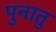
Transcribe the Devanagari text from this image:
पुनातु